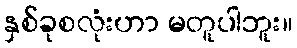
နှစ်ခုစလုံးဟာ မတူပါဘူး။